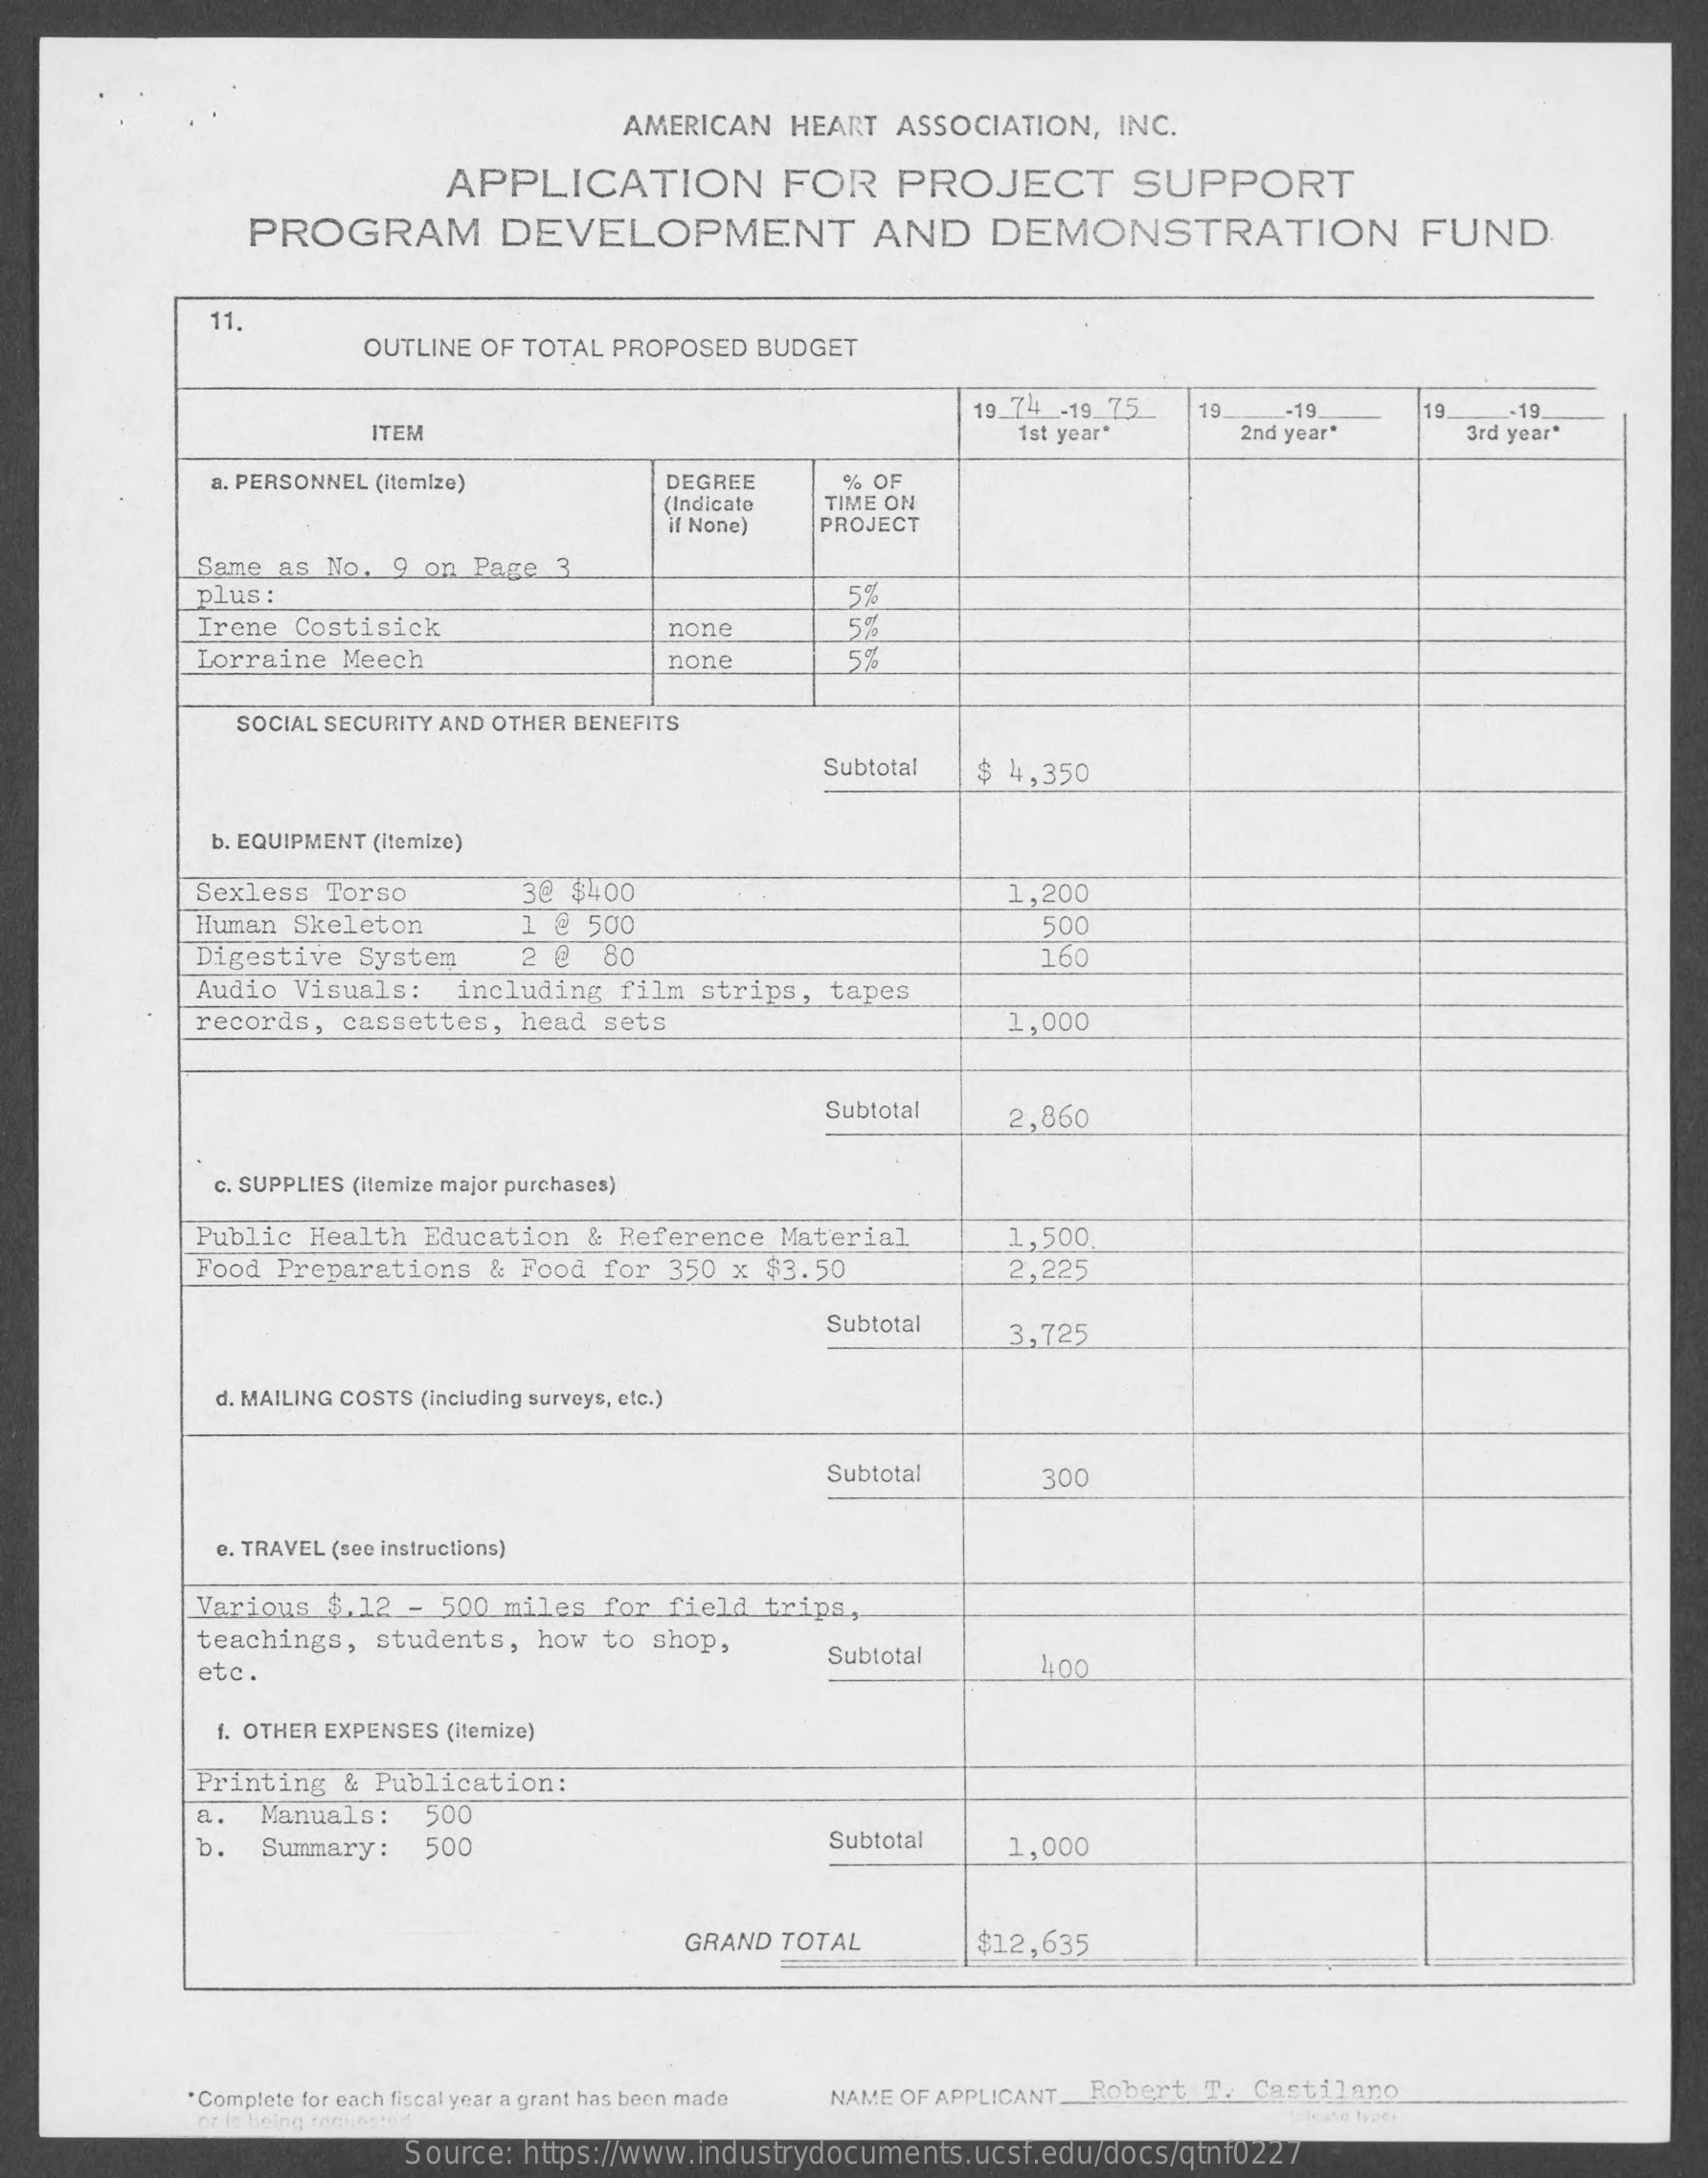
AMERICAN   HEART ASSOCIATION,  INC.
     APPLICATION    FOR    PROJECT    SUPPORT
     PROGRAM    DEVELOPMENT    AND    DEMONSTRATION    FUND
     11.
     OUTLINE OF TOTAL PROPOSED BUDGET
     19_74 _- 19 75 19
     ITEM    1st year"
     -19    19.  -19.
     2nd year"    3rd year"
     a, PERSONNEL (itemize)    DEGREE    % OF
     (Indicate
     if None)
     TIME ON
     PROJECT
     Same as No. 9 on Page 3
     plus:    279
     Irene Costisick    none
     Lorraine Meech    none
     SOCIAL SECURITY AND OTHER BENEFITS
     Subtotal $ 4,350
     b. EQUIPMENT (itemize)
     Sexless Torso    3@ $400
     Human  Skeleton    1 @ 500
     1,200
     500
     Digestive System    2 @  80    160
     Audio Visuals:  including film strips, tapes
     records, cassettes, head sets    1,000
     Subtotal    2,860
     c. SUPPLIES (itemize major purchases)
     Public Health Education & Reference Material
     Food Preparations & Food for 350 x $3.50
     1,500
     2,225
     Subtotal    3,725
     d. MAILING COSTS (including surveys, etc.)
     Subtotal    300
     e. TRAVEL (see instructions)
     Various $.12 - 500 miles for field trips,
     teachings, students, how to shop,
     etc.
     Subtotal    4400
     f. OTHER EXPENSES (Itemize)
     Printing & Publication:
     a.  Manuals:  500
     b.  Summary:  500    Subtotal    1,000
     GRAND TOTAL    $12,635
     .Complete for each fiscal year a grant has been made NAME OF APPLICANT_Robert T. Cartilano
     or is being rechiosted
     Source: https://www.industrydocuments.ucsf.edu/docs/qtnf0227